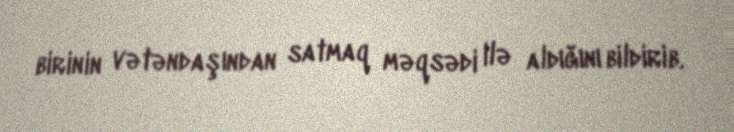
birinin vətəndaşından satmaq məqsədi ilə aldığını bildirib.